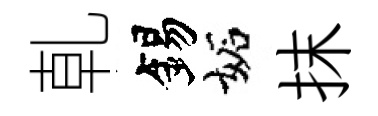
乹錫妬抹